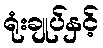
ရုံးချုပ်နှင့်